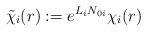
LaTeX: \begin{align*} \tilde\chi_i(r) := e^{L_i N_{0i}} \chi_i(r)\end{align*}